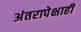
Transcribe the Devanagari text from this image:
अंतरापेक्षाही